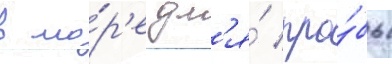
в мо́р'е дл'я́ про́бы